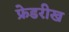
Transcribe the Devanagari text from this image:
फ्रेडरीख